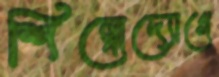
শিল্পোদ্যোগে